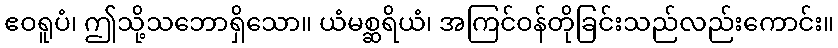
ဧဝရူပံ၊ ဤသို့သဘောရှိသော။ ယံမစ္ဆရိယံ၊ အကြင်ဝန်တိုခြင်းသည်လည်းကောင်း။